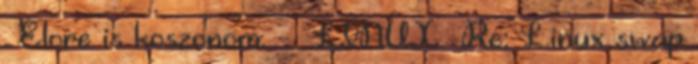
. Elore is koszonom. - LINUX Re: Linux swap